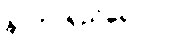
နာတာရှည်ရောဂါ